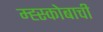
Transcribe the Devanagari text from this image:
म्ह्स्कोबाची